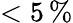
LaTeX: <5\, \%